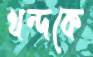
খন্দকে